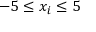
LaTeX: - 5 \leq x _ { i } \leq 5